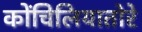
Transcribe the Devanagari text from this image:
कोंचिलियातोरे